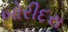
બોરીદરા